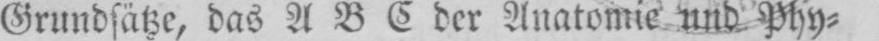
Grundsätze, das ABC der Anatomie und Phy⸗